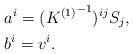
LaTeX: \begin{align*}&a^{i}=({K^{(1)}}^{-1})^{ij}S_{j},\\&b^{i}=v^{i}.\end{align*}